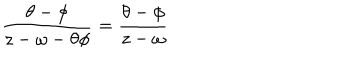
LaTeX: \frac { \theta - \phi } { z - \omega - \theta \phi } = \frac { \theta - \phi } { z - \omega }